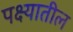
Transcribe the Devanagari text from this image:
पक्ष्यातील